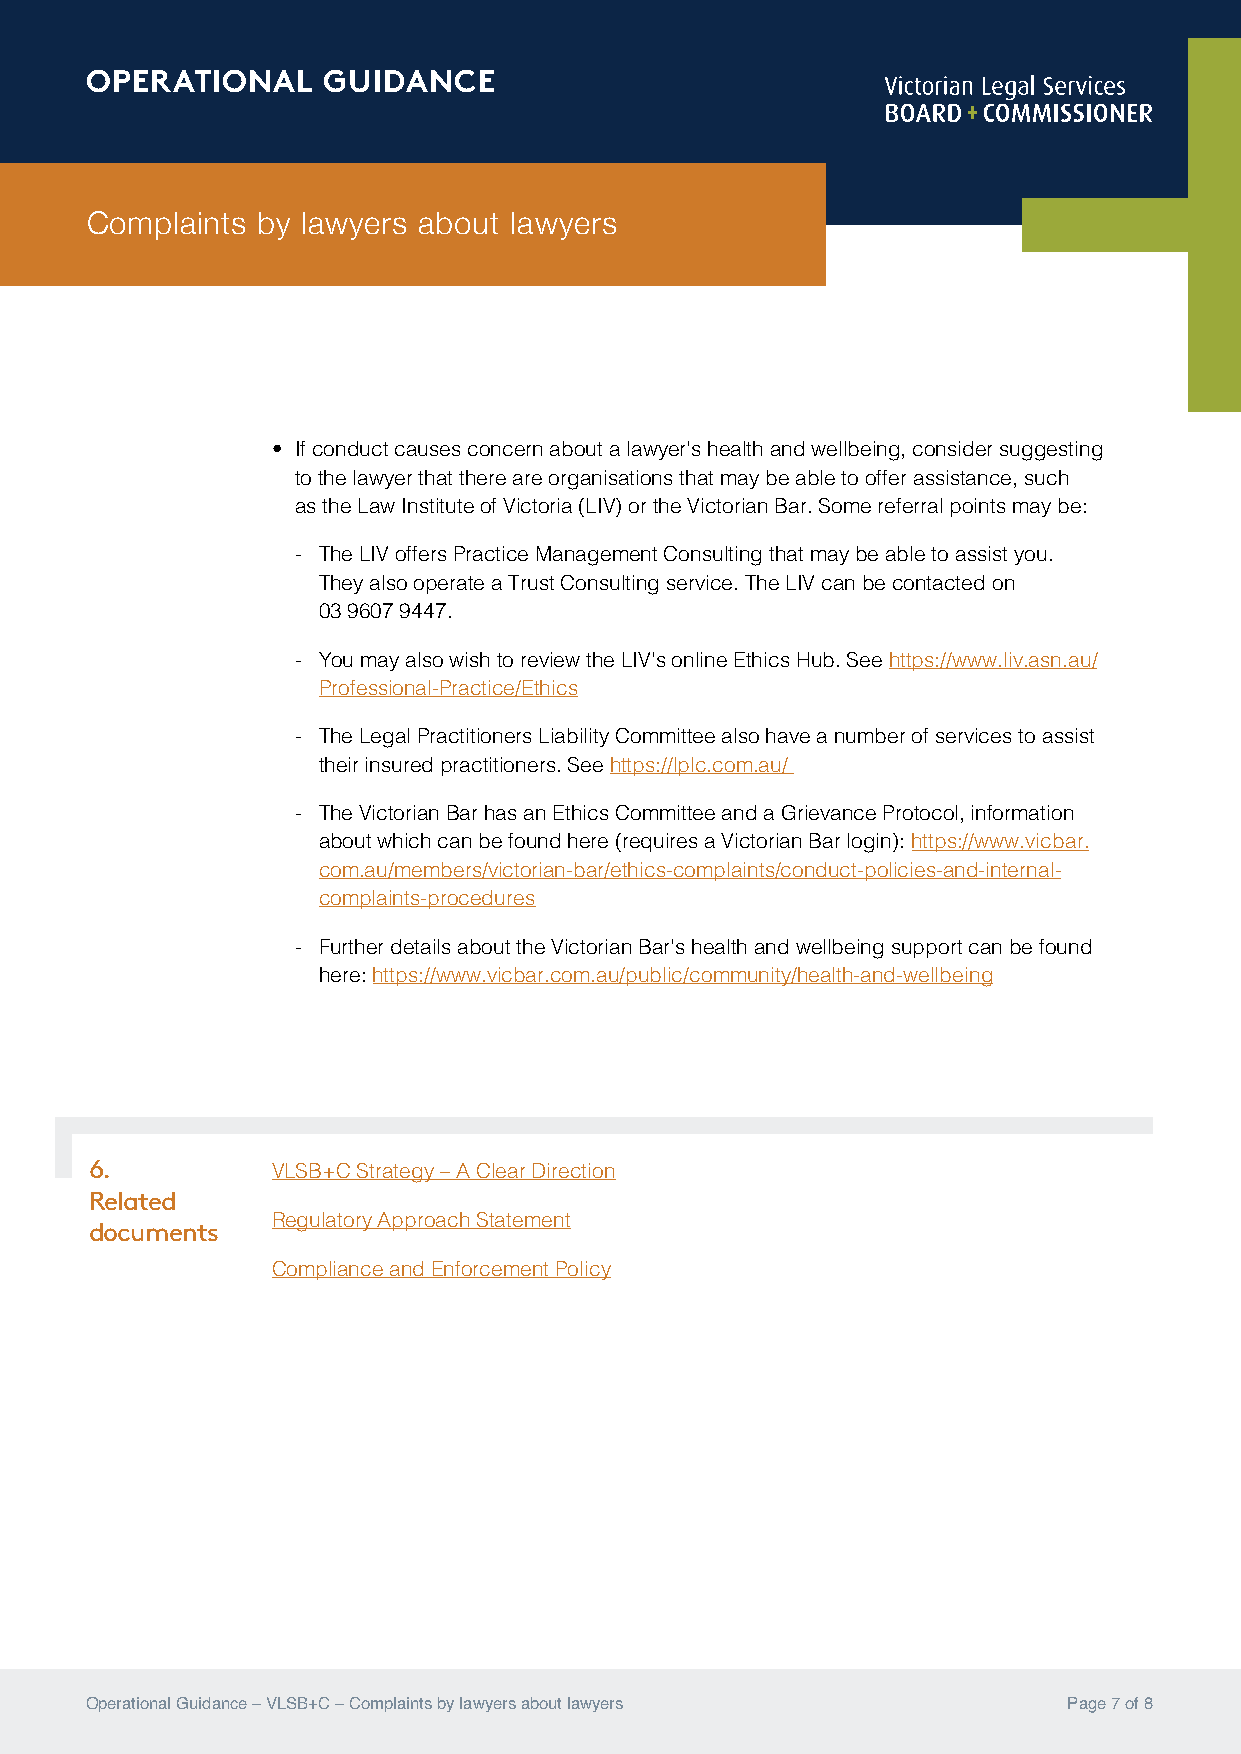
OPERATIONAL    GUIDANCE
 Complaints by lawyers about lawyers
 • If conduct causes concern about a lawyer’s health and wellbeing, consider suggesting
 to the lawyer that there are organisations that may be able to offer assistance, such
 as the Law Institute of Victoria (LIV) or the Victorian Bar. Some referral points may be:
 - The LIV offers Practice Management Consulting that may be able to assist you.
 They also operate a Trust Consulting service. The LIV can be contacted on
 03 9607 9447.
 - You may also wish to review the LIV’s online Ethics Hub. See https://www.liv.asn.au/
 Professional-Practice/Ethics
 - The Legal Practitioners Liability Committee also have a number of services to assist
 their insured practitioners. See https://lplc.com.au/
 - The Victorian Bar has an Ethics Committee and a Grievance Protocol, information
 about which can be found here (requires a Victorian Bar login): https://www.vicbar.
 com.au/members/victorian-bar/ethics-complaints/conduct-policies-and-internal-
 complaints-procedures
 - Further details about the Victorian Bar’s health and wellbeing support can be found
 here: https://www.vicbar.com.au/public/community/health-and-wellbeing
 6.          VLSB+C Strategy – A Clear Direction
 Related
 Regulatory Approach Statement
 documents
 Compliance and Enforcement Policy
 Operational Guidance – VLSB+C – Complaints by lawyers about lawyers Page 7 of 8